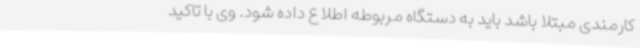
کارمندی مبتلا باشد باید به دستگاه مربوطه اطلاع داده شود. وی با تاکید